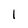
Character: l